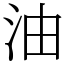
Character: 油